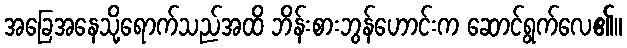
အခြေအနေသို့ရောက်သည်အထိ ဘိန်းစားဘွန်ဟောင်းက ဆောင်ရွက်လေ၏။